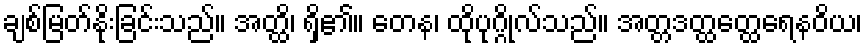
ချစ်မြတ်နိုးခြင်းသည်။ အတ္ထိ၊ ရှိ၏။ တေန၊ ထိုပုဂ္ဂိုလ်သည်။ အတ္တဒတ္ထတ္ထေရေနဝိယ၊